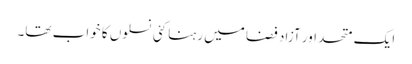
ایک متحد اور آزاد فضا میں رہنا کئی نسلوں کا خواب تھا۔